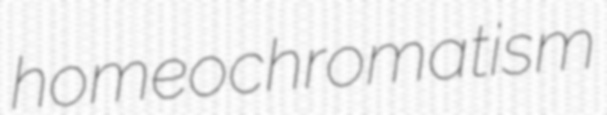
homeochromatism